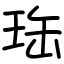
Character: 珤